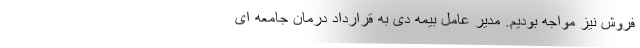
فروش نیز مواجه بودیم. مدیر عامل بیمه دی به قرارداد درمان جامعه ای